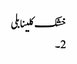
خشک کلینابلی
2 ۔